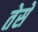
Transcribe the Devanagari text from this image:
तेसे